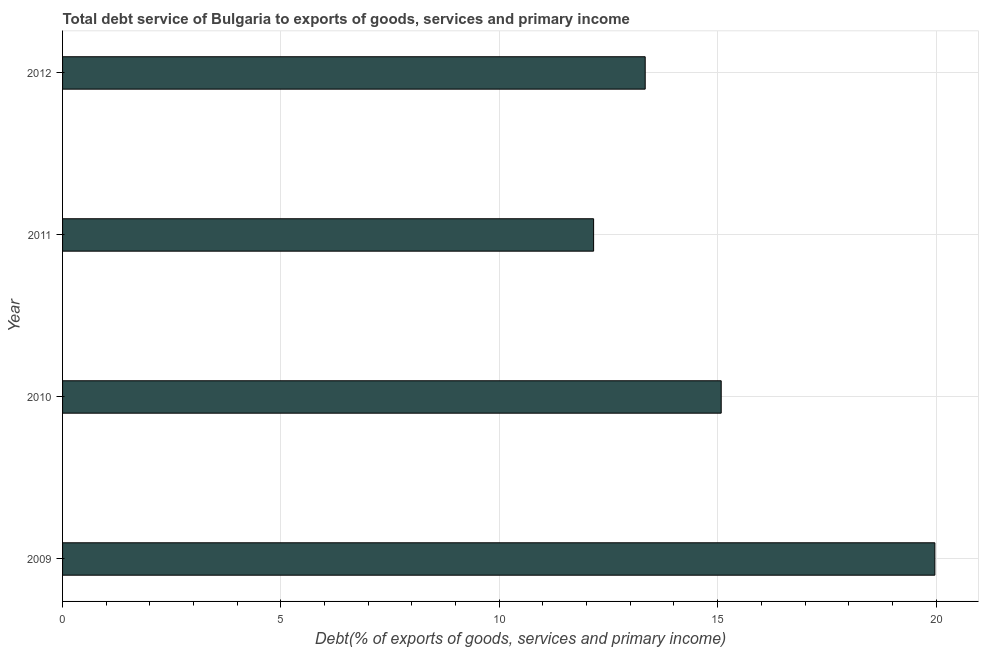
| Year | Total debt service |
 | --- | --- |
 | 2009 | 20 |
 | 2010 | 15.1 |
 | 2011 | 12.2 |
 | 2012 | 13.3 |